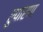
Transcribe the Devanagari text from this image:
रुपांरण